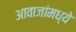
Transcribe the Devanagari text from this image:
आवाजांमध्ये